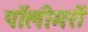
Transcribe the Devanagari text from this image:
पॉलीमरों